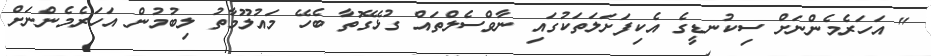
" އަހަރެމެންނަށް ސިކުނޑީގެ އެކިފަށަލަތަކުގައި ނާވްސެލްތައް ގުޅޭގޮތާ ބެހޭ މައުލޫމާތު ލިބުމުން އަހަރެމެންނަށް